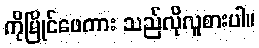
ကိုမြိုင်ဖေကား သည်လိုလူစားပါ။